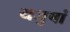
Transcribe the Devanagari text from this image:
यजुषां